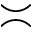
\asymp